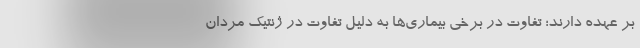
بر عهده دارند؛ تفاوت در برخی بیماری‌ها به دلیل تفاوت در ژنتیک مردان